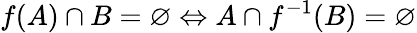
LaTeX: f(A)\cap B=\varnothing\Leftrightarrow A\cap f^{-1}(B)=\varnothing